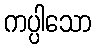
ကပ္ပါသော